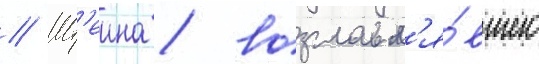
// Шт'еина / возглавл'я́вшего